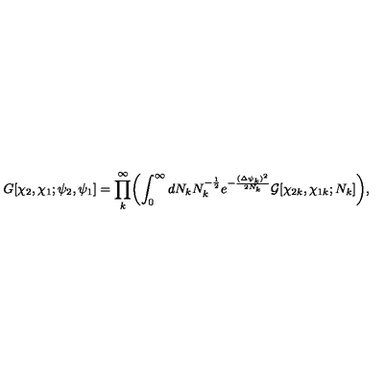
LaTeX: G [ \chi _ { 2 } , \chi _ { 1 } ; \psi _ { 2 } , \psi _ { 1 } ] = \prod _ { k } ^ { \infty } \biggl ( \int _ { 0 } ^ { \infty } d N _ { k } N _ { k } ^ { - { \frac { 1 } { 2 } } } e ^ { - { \frac { { ( \Delta \psi _ { k } ) } ^ { 2 } } { 2 N _ { k } } } } { \cal G } [ \chi _ { 2 k } , \chi _ { 1 k } ; N _ { k } ] \biggr ) ,